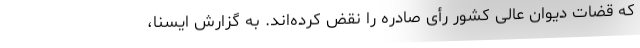
که قضات دیوان عالی کشور رأی صادره را نقض کرده‌اند. به گزارش ایسنا،